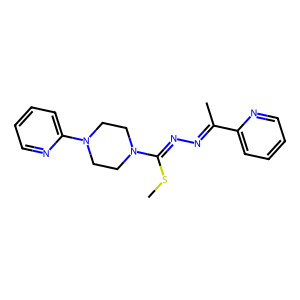
SMILES: CSC(=NN=C(C)c1ccccn1)N1CCN(c2ccccn2)CC1
Inhibits HIV replication: No